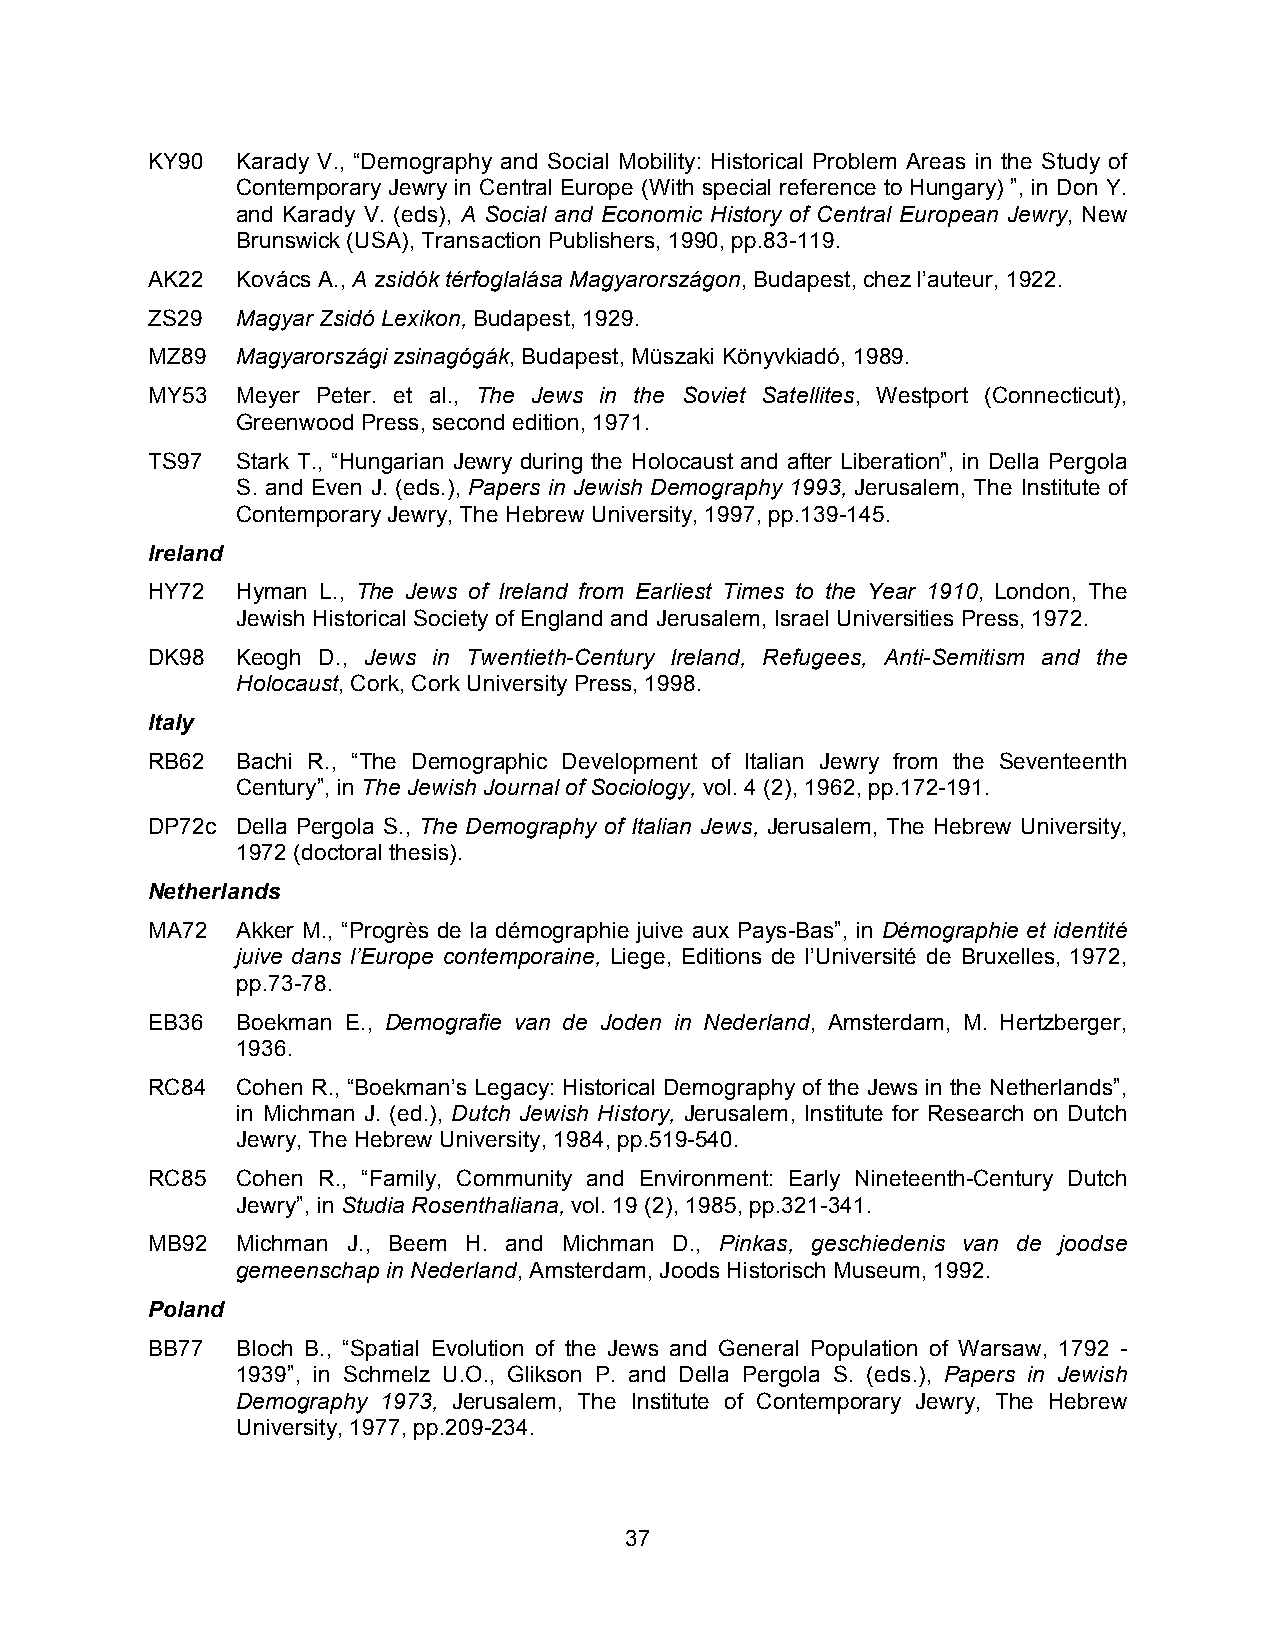
KY90  Karady V., “Demography and Social Mobility: Historical Problem Areas in the Study of
 Contemporary Jewry in Central Europe (With special reference to Hungary) ”, in Don Y.
 and Karady V. (eds), A Social and Economic History of Central European Jewry, New
 Brunswick (USA), Transaction Publishers, 1990, pp.83-119.
 AK22  Kovács A., A zsidók térfoglalása Magyarországon, Budapest, chez l’auteur, 1922.
 ZS29  Magyar Zsidó Lexikon, Budapest, 1929.
 MZ89  Magyarországi zsinagógák, Budapest, Müszaki Könyvkiadó, 1989.
 MY53  Meyer Peter. et al., The Jews in the Soviet Satellites, Westport (Connecticut),
 Greenwood Press, second edition, 1971.
 TS97  Stark T., “Hungarian Jewry during the Holocaust and after Liberation”, in Della Pergola
 S. and Even J. (eds.), Papers in Jewish Demography 1993, Jerusalem, The Institute of
 Contemporary Jewry, The Hebrew University, 1997, pp.139-145.
 Ireland
 HY72  Hyman L., The Jews of Ireland from Earliest Times to the Year 1910, London, The
 Jewish Historical Society of England and Jerusalem, Israel Universities Press, 1972.
 DK98  Keogh D., Jews in Twentieth-Century Ireland, Refugees, Anti-Semitism and the
 Holocaust, Cork, Cork University Press, 1998.
 Italy
 RB62  Bachi R., “The Demographic Development of Italian Jewry from the Seventeenth
 Century”, in The Jewish Journal of Sociology, vol. 4 (2), 1962, pp.172-191.
 DP72c Della Pergola S., The Demography of Italian Jews, Jerusalem, The Hebrew University,
 1972 (doctoral thesis).
 Netherlands
 MA72  Akker M., “Progrès de la démographie juive aux Pays-Bas”, in Démographie et identité
 juive dans l’Europe contemporaine, Liege, Editions de l’Université de Bruxelles, 1972,
 pp.73-78.
 EB36  Boekman E., Demografie van de Joden in Nederland, Amsterdam, M. Hertzberger,
 1936.
 RC84  Cohen R., “Boekman’s Legacy: Historical Demography of the Jews in the Netherlands”,
 in Michman J. (ed.), Dutch Jewish History, Jerusalem, Institute for Research on Dutch
 Jewry, The Hebrew University, 1984, pp.519-540.
 RC85  Cohen R., “Family, Community and Environment: Early Nineteenth-Century Dutch
 Jewry”, in Studia Rosenthaliana, vol. 19 (2), 1985, pp.321-341.
 MB92  Michman J., Beem H. and Michman D., Pinkas, geschiedenis van de joodse
 gemeenschap in Nederland, Amsterdam, Joods Historisch Museum, 1992.
 Poland
 BB77  Bloch B., “Spatial Evolution of the Jews and General Population of Warsaw, 1792 -
 1939”, in Schmelz U.O., Glikson P. and Della Pergola S. (eds.), Papers in Jewish
 Demography 1973, Jerusalem, The Institute of Contemporary Jewry, The Hebrew
 University, 1977, pp.209-234.
 37